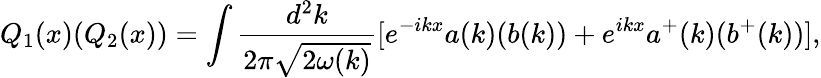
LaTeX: Q_{1}(x)(Q_{2}(x))=\int{\frac{d^{2}k}{2\pi{\sqrt{2\omega(k)}}}}[e^{-ikx}a(k)(b(k))+e^{ikx}a^{+}(k)(b^{+}(k))],